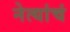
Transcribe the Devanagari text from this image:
नेत्यांचं